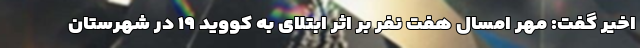
اخیر گفت: مهر امسال هفت نفر بر اثر ابتلای به کووید ۱۹ در شهرستان